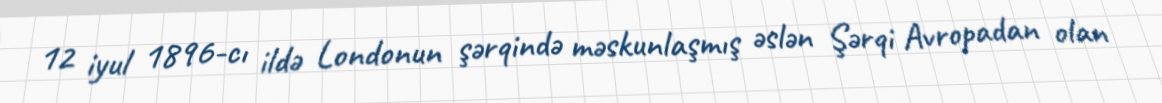
12 iyul 1896-cı ildə Londonun şərqində məskunlaşmış əslən Şərqi Avropadan olan